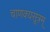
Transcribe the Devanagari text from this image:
चाणक्यसूत्रम्